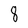
Character: 8